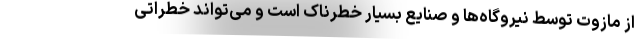
از مازوت توسط نیروگاه‌ها و صنایع بسیار خطرناک است و می‌تواند خطراتی